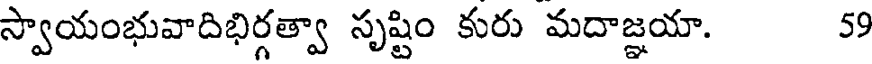
స్వాయంభువాదిభిర్గత్వా సృష్టిం కురు మదాజ్ఞయా. 59